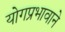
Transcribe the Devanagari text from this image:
योगप्रभावाने